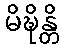
မိဍ္ဎိန္တိ